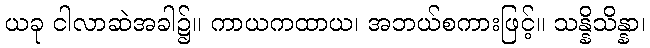
ယခု ငါလာဆဲအခါ၌။ ကာယကထာယ၊ အဘယ်စကားဖြင့်။ သန္နိသိန္နာ၊